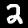
Label: 2